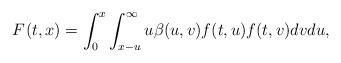
LaTeX: \begin{align*}F^{}(t,x) = \int_{0}^{x}\int_{x-u}^{\infty} u \beta(u,v)f(t, u) f(t, v) dv du,\end{align*}